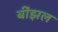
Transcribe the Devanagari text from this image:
बींझल